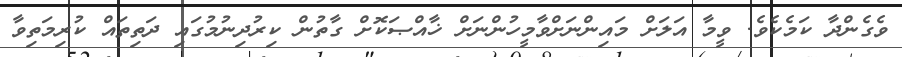
ވެގެންދާ ކަމެކެވެ. ވީމާ އަލަށް މައިންނަށްވާމީހުންނަށް ޚާއްޞަކޮށް ގާތުން ކިރުދިނުމުގައި ދަތިތައް ކުރިމަތިވާ